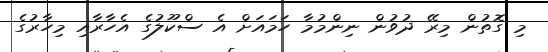
މި ގޮތުން މިރޭ ދުވުން ނިންމުމާ ހަމައަށް އެ ސްކޫލުގެ އެހާރާއި މިހާރުގެ